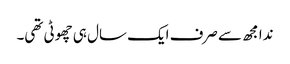
ندا مجھ سے صرف ایک سال ہی چھوٹی تھی۔